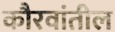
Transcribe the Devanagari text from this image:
कौरवांतील